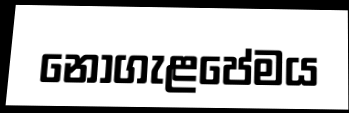
නොගැළපේමය